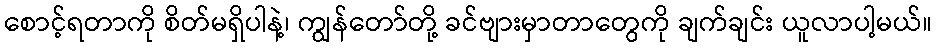
စောင့်ရတာကို စိတ်မရှိပါနဲ့၊ ကျွန်တော်တို့ ခင်ဗျားမှာတာတွေကို ချက်ချင်း ယူလာပါ့မယ်။